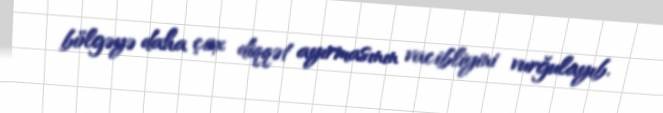
bölgəyə daha çox diqqət ayırmasının vacibliyini vurğulayıb.